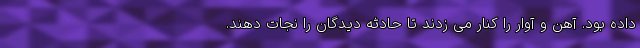
داده بود. آهن و آوار را کنار می زدند تا حادثه دیدگان را نجات دهند.